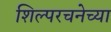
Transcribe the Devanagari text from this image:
शिल्परचनेच्या